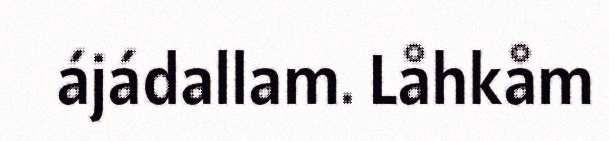
ájádallam. Låhkåm